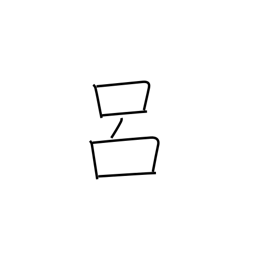
Meaning: backbone